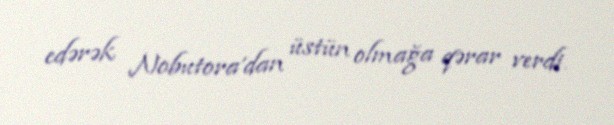
edərək Nobutora'dan üstün olmağa qərar verdi.